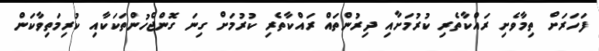
ފަހަރަށް ތިމާވެށި ރައްކާތެރި ކުރުމަށާއި ދިރުންތައް ރައްކާތެރި ކުރުމަށް ގިނަ ގޮންޖެހުންތަކަކާއި ކުރިމަތިވާކަން